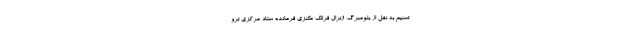
تسنیم به نقل از بلومبرگ، ژنرال فرانک مکنزی فرمانده ستاد مرکزی ترو